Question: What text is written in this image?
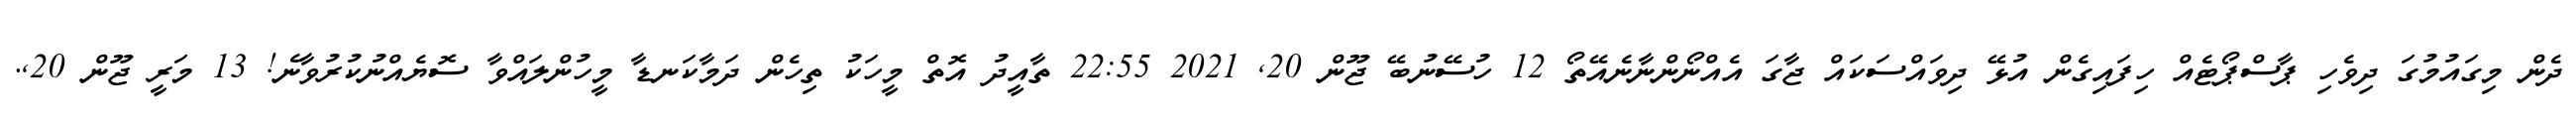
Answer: ދެން މިގައުމުގަ ދިވެހި ޕާސްޕޯޓެއް ހިފައިގެން އުޅޭ ދިވައްސަކައް ޖާގަ އެއްނޯންނާނެއޭތޯ 12 ހުސޭނުބޭ ޖޫން 20, 2021 22:55 ތާއީދު އޮތް މީހަކު ތިހެން ދަމާކަނޑާ މީހުންލައްވާ ސޮޔެއްނުކުރުވާނެ! 13 މަރީ ޖޫން 20,.